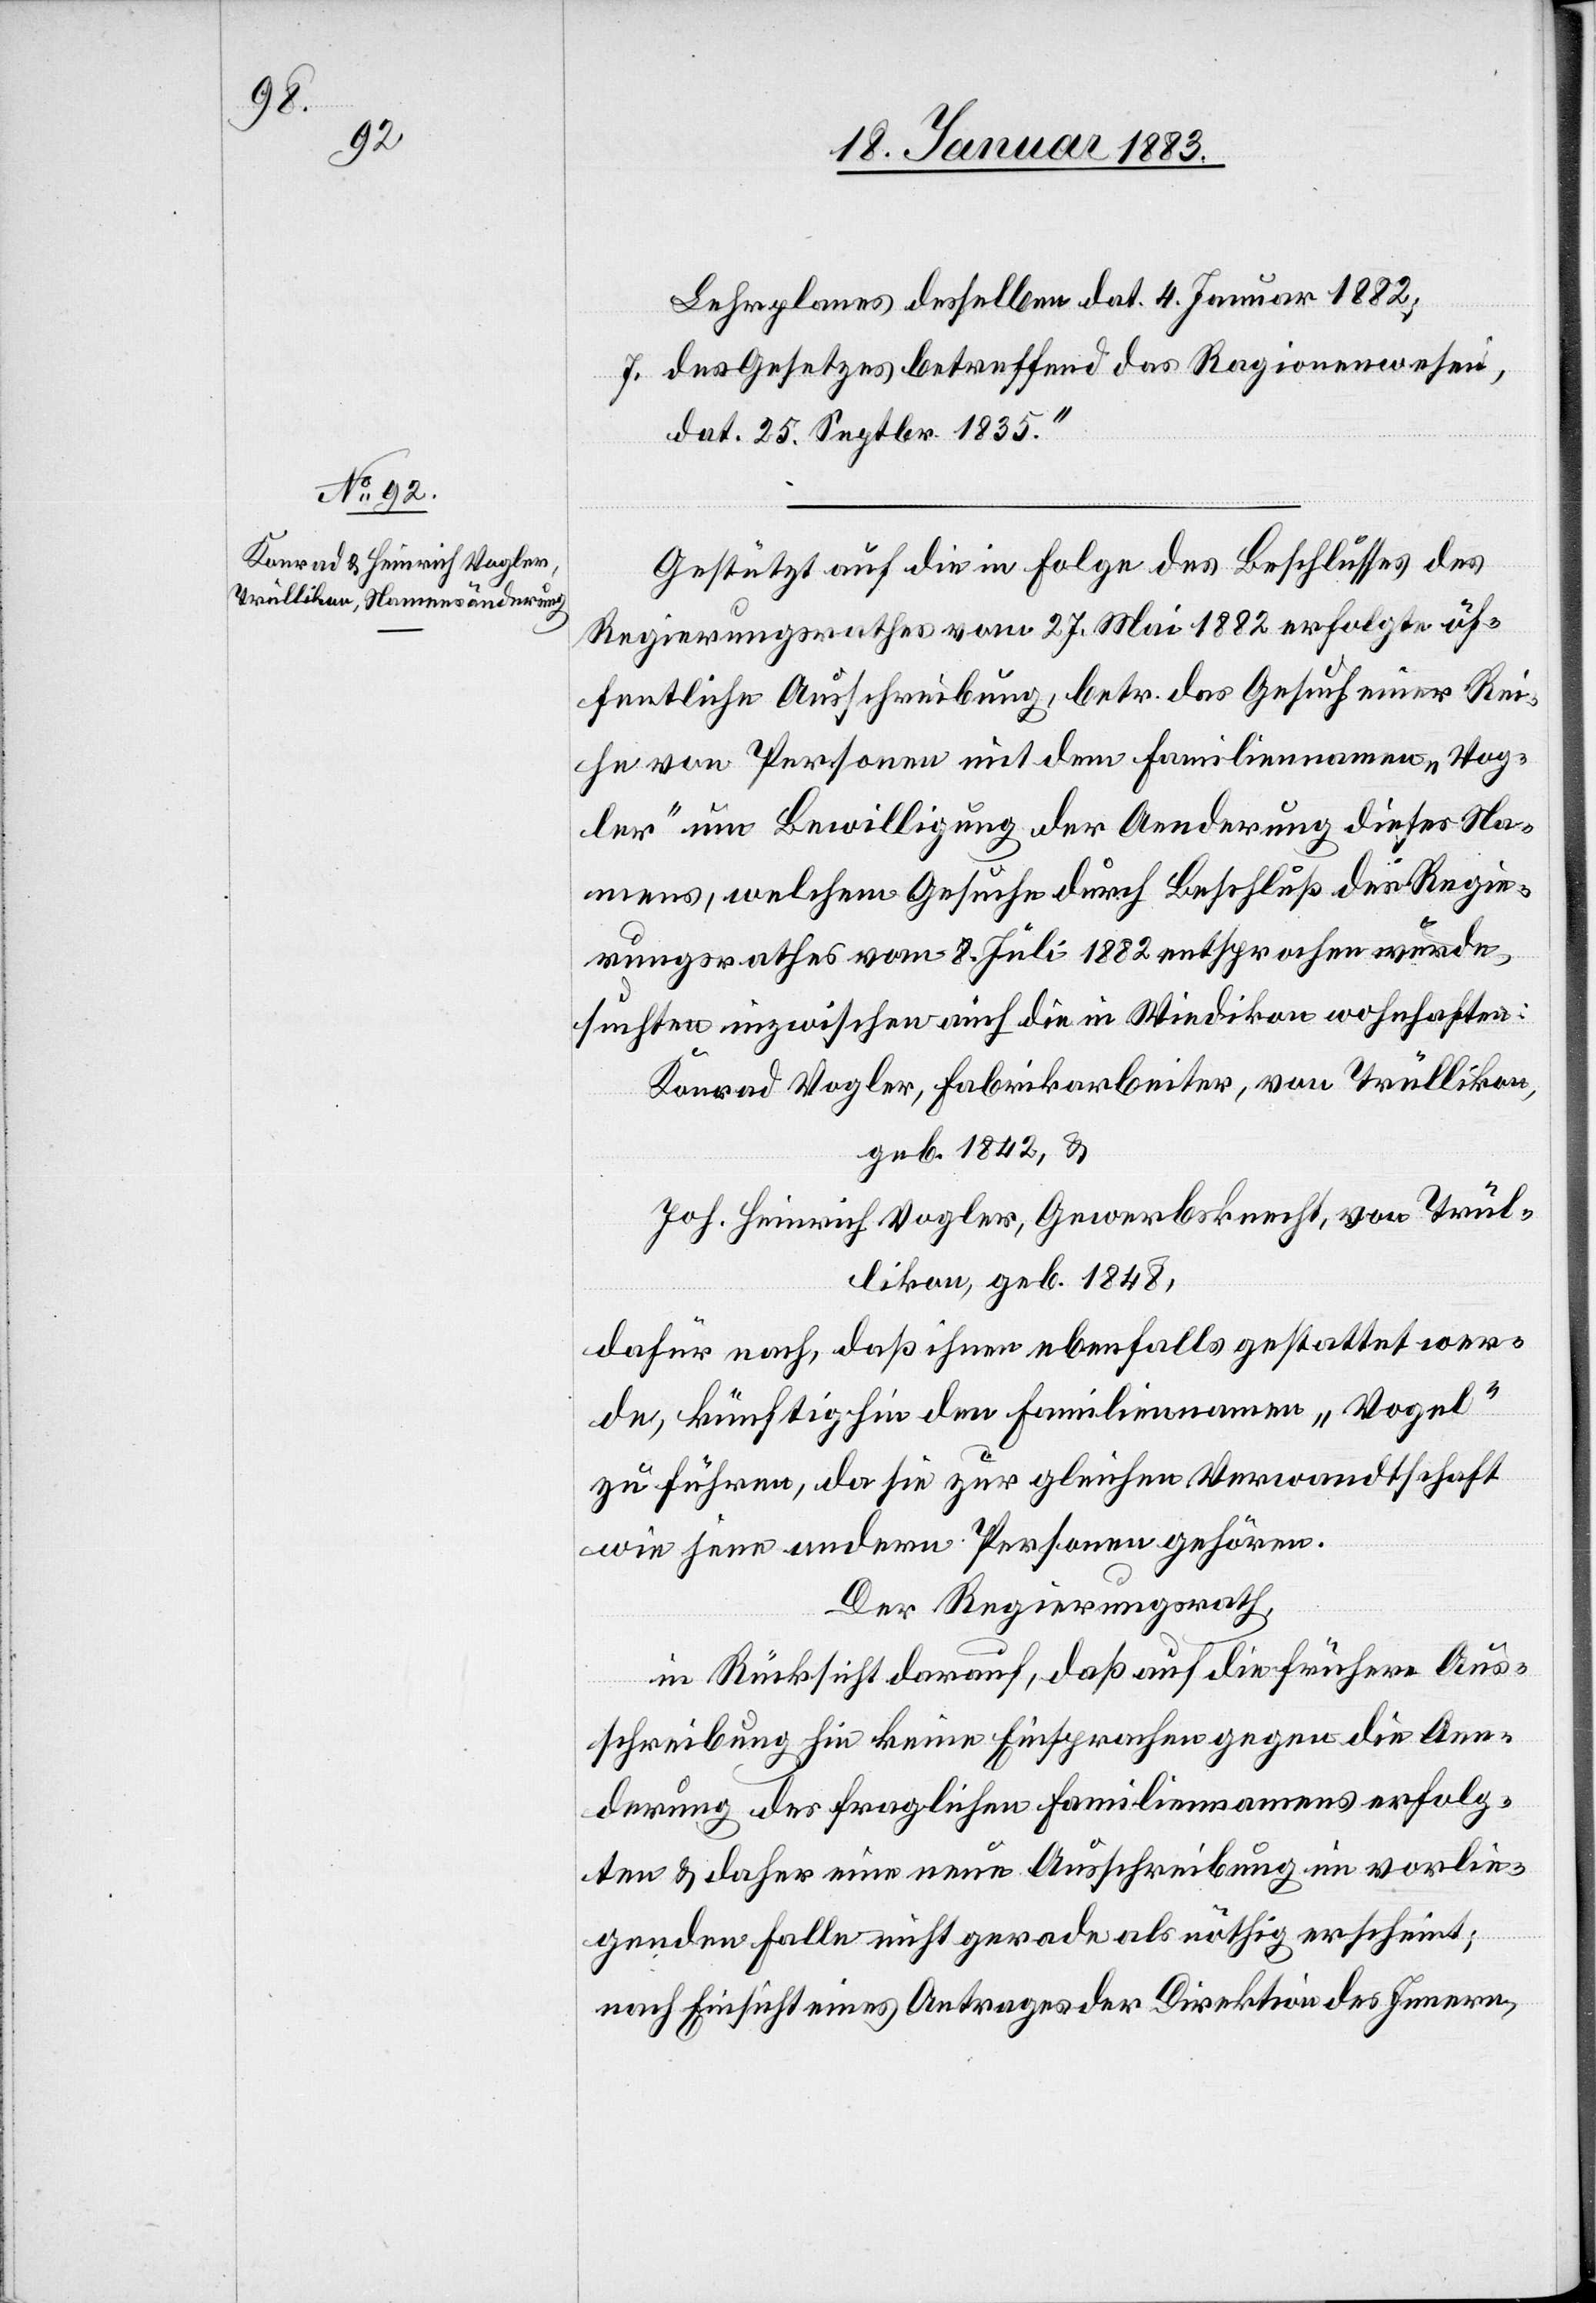
Lehrplanes desselben dat. 4. Januar 1882;
7. des Gesetzes betreffend das Ragionenwesen,
dat. 25. Septbr. 1835.“
Gestützt auf die in Folge des Beschlusses des
Regierungsrathes vom 27. Mai 1882 erfolgte öf¬
fentliche Ausschreibung, betr. das Gesuch einer Rei¬
he von Personen mit dem Familiennamen „Vog¬
ler“ um Bewilligung der Aenderung dieses Na¬
mens, welchem Gesuche durch Beschluß des Regie¬
rungsrathes vom 8. Juli 1882 entsprochen wurde,
suchten inzwischen auch die in Wiedikon wohnhaften:
Konrad Vogler, Fabrikarbeiter, von Trüllikon,
geb. 1842 &
Joh. Heinrich Vogler, Gewerbsknecht, von Trül¬
likon, geb. 1848,
dafür nach, daß ihnen ebenfalls gestattet wer¬
de, künftighin den Familiennamen „Vogel“
zu führen, da sie zur gleichen Verwandtschaft
wie jene andern Personen gehören.
Der Regierungsrath,
in Rücksicht darauf, daß auf die frühere Aus¬
schreibung hin keine Einsprachen gegen die Aen¬
derung des fraglichen Familiennamens erfolg¬
ten & daher eine neue Ausschreibung im vorlie¬
genden Falle nicht gerade als nöthig erscheint;
nach Einsicht eines Antrages der Direktion des Innern,